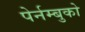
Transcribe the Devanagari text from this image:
पेर्नम्बुको